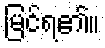
မြင်ရ၏။